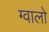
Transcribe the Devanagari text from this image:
ग्‍वालो